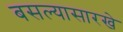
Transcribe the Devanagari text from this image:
बसल्यासारखे